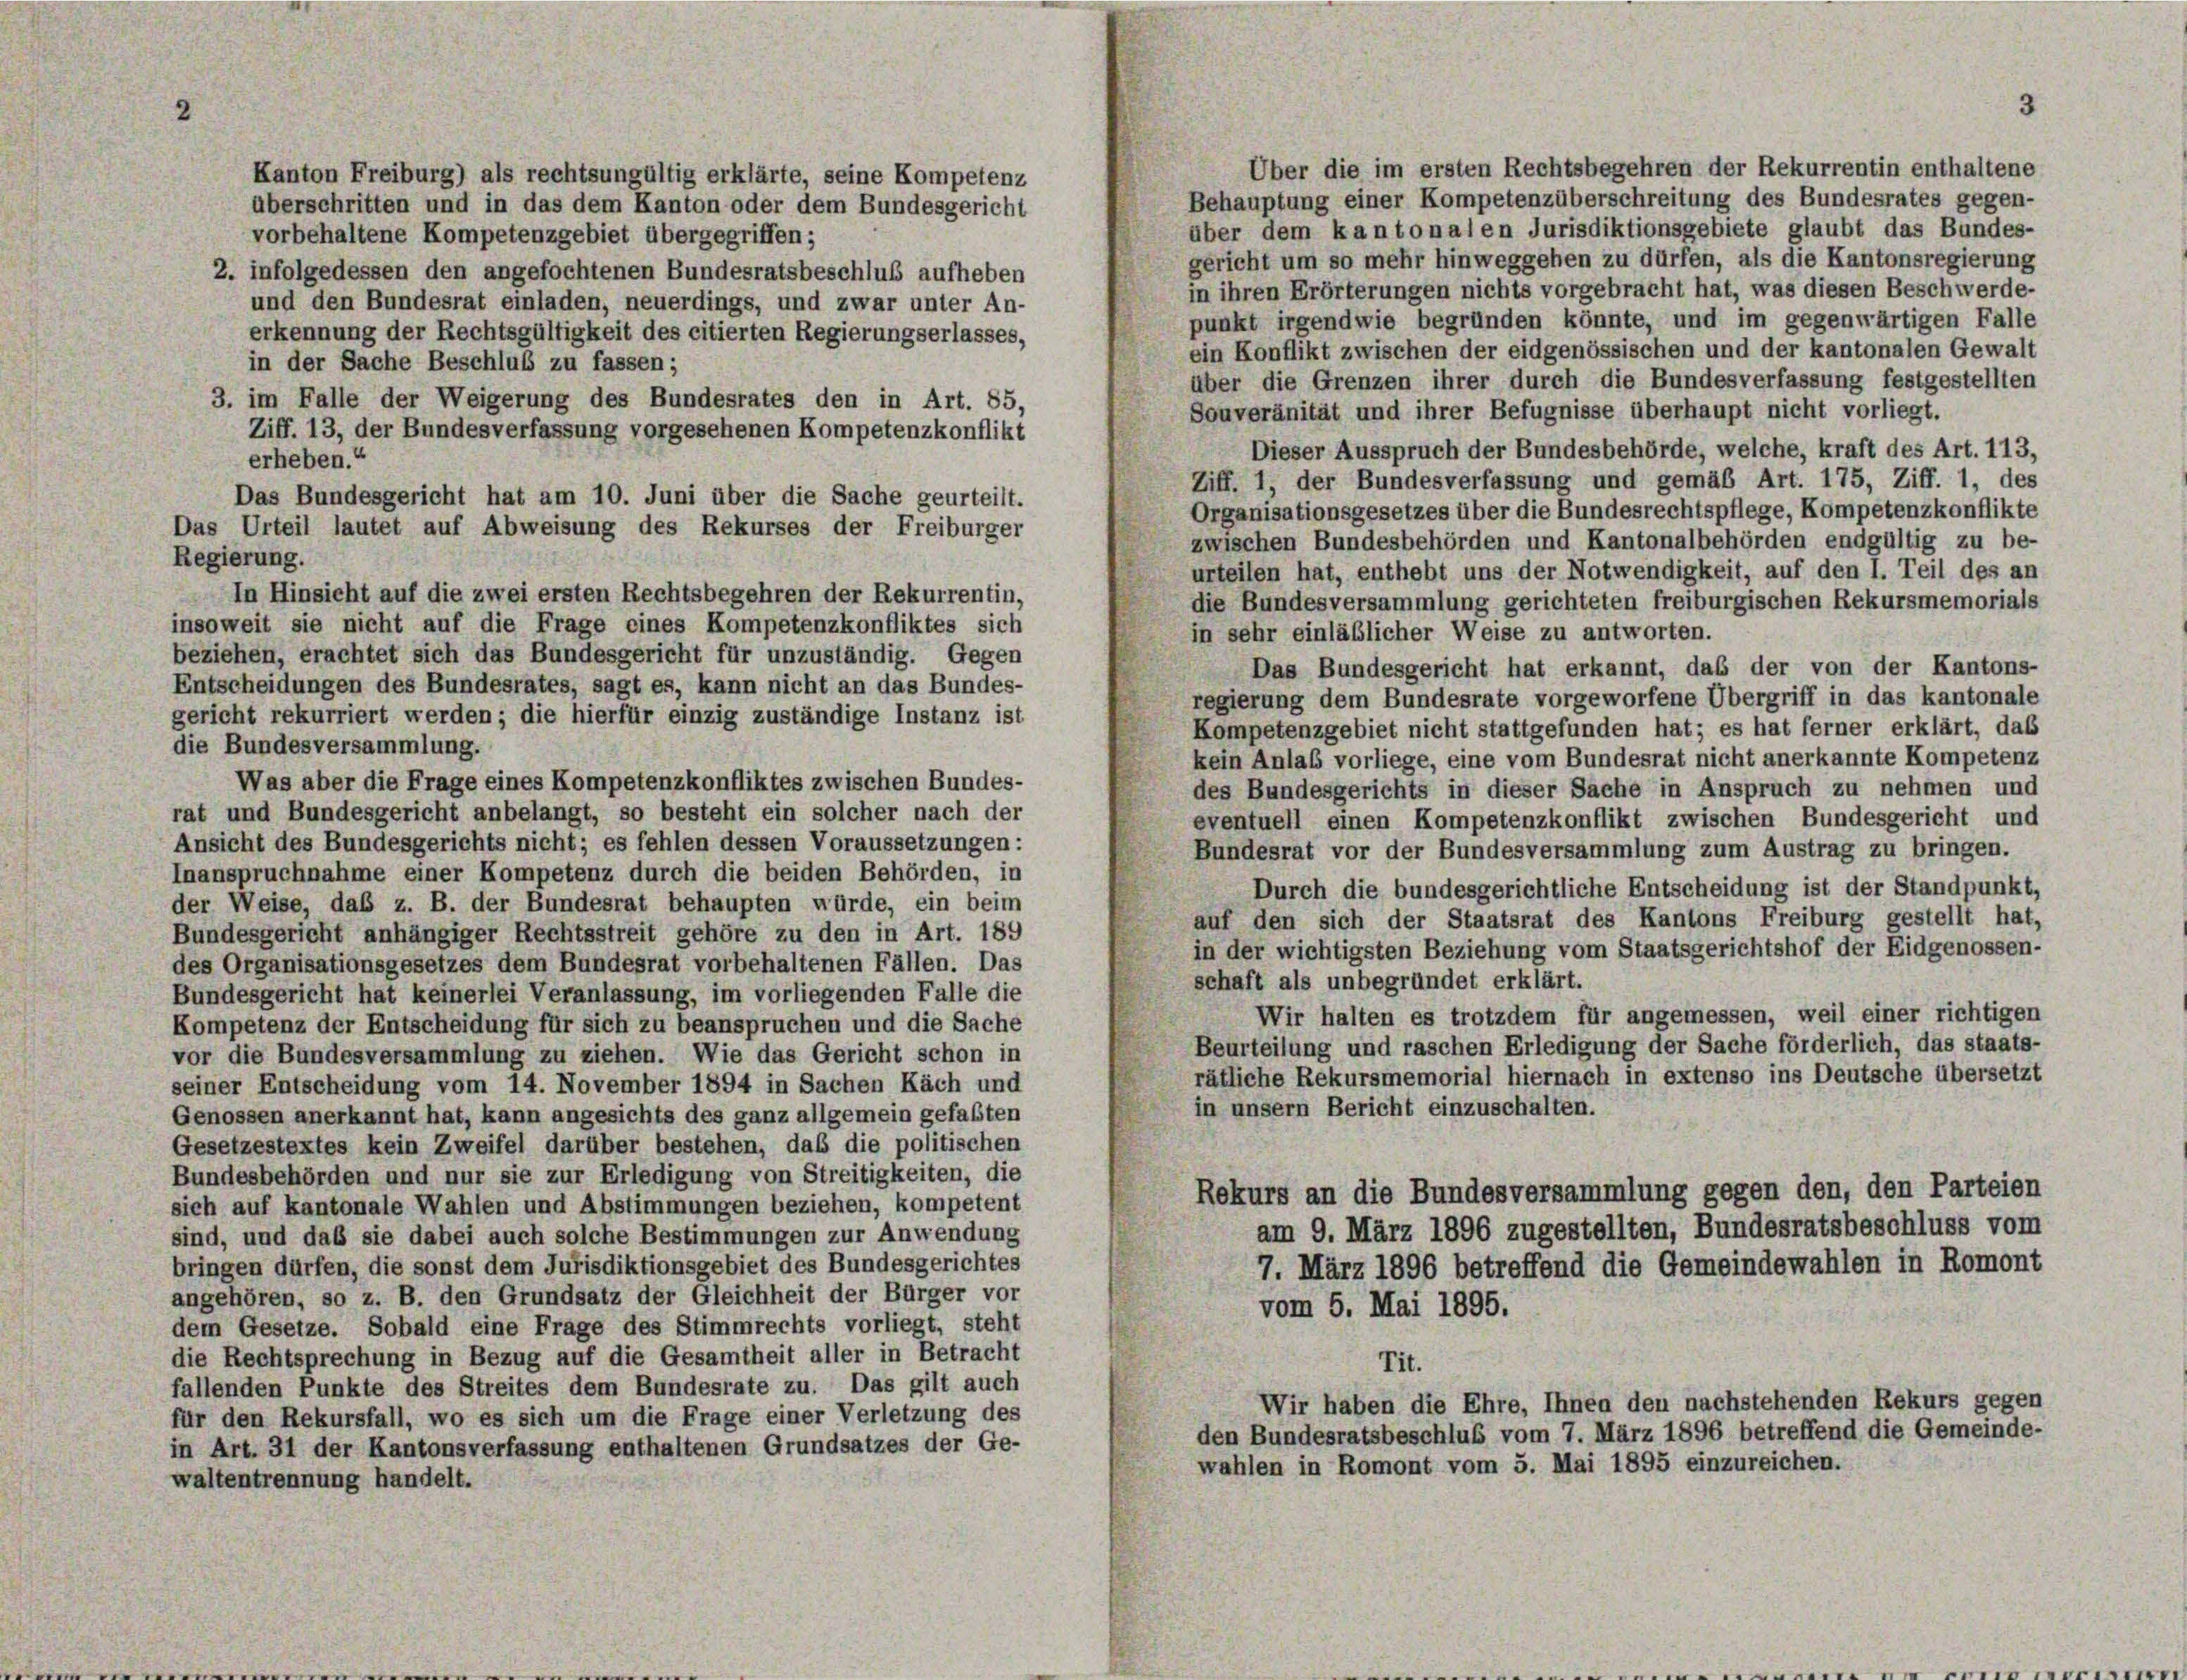
Über die im ersten Rechtsbegehren der Rekurrentin enthaltene
Kanton Freiburg) als rechtsungültig erklärte, seine Kompetenz
Behauptung einer Kompetenzüberschreitung des Bundesrates gegen-
überschritten und in das dem Kanton oder dem Bundesgericht
über dem kantonalen Jurisdiktionsgebiete glaubt das Bundes-
vorbehaltene Kompetenzgebiet übergegriffen;
gericht um so mehr hinweggehen zu dürfen, als die Kantonsregierung
2. infolgedessen den angefochtenen Bundesratsbeschluß aufheben
in ihren Erörterungen nichts vorgebracht hat, was diesen Beschwerde-
und den Bundesrat einladen, neuerdings, und zwar unter An-
punkt irgendwie begründen könnte, und im gegenwärtigen Falle
erkennung der Rechtsgültigkeit des citierten Regierungserlasses,
ein Konflikt zwischen der eidgenössischen und der kantonalen Gewalt
in der Sache Beschluß zu fassen;
über die Grenzen ihrer durch die Bundesverfassung festgestellten
3. im Falle der Weigerung des Bundesrates den in Art. 85,
Souveränität und ihrer Befugnisse überhaupt nicht vorliegt.
Ziff. 13, der Bundesverfassung vorgesehenen Kompetenzkonflikt
Dieser Ausspruch der Bundesbehörde, welche, kraft des Art. 113,
erheben.“
Ziff. 1, der Bundesverfassung und gemäß Art. 175, Ziff. 1, des
Das Bundesgericht hat am 10. Juni über die Sache geurteilt.
Organisationsgesetzes über die Bundesrechtspflege, Kompetenzkonflikte
Das Urteil lautet auf Abweisung des Rekurses der Freiburger
zwischen Bundesbehörden und Kantonalbehörden endgültig zu be-
Regierung.
urteilen hat, enthebt uns der Notwendigkeit, auf den I. Teil des an
In Hinsicht auf die zwei ersten Rechtsbegehren der Rekurrentin,
die Bundesversammlung gerichteten freiburgischen Rekursmemorials
insoweit sie nicht auf die Frage eines Kompetenzkonfliktes sich
in sehr einläßlicher Weise zu antworten.
beziehen, erachtet sich das Bundesgericht für unzuständig. Gegen
Das Bundesgericht hat erkannt, das der von der Kantons-
Entscheidungen des Bundesrates, sagt es, kann nicht an das Bundes-
regierung dem Bundesrate vorgeworfene Übergriff in das kantonale
gericht rekurriert werden; die hierfür einzig zuständige Instanz ist
Kompetenzgebiet nicht stattgefunden hat; es hat ferner erklärt, das
die Bundesversammlung.
kein Anlaß vorliege, eine vom Bundesrat nicht anerkannte Kompetenz
Was aber die Frage eines Kompetenzkonfliktes zwischen Bundes-
des Bundesgerichts in dieser Sache in Anspruch zu nehmen und
rat und Bundesgericht anbelangt, so besteht ein solcher nach der
eventuell einen Kompetenzkonflikt zwischen Bundesgericht und
Ansicht des Bundesgerichts nicht; es fehlen dessen Voraussetzungen:
Bundesrat vor der Bundesversammlung zum Austrag zu bringen.
Inanspruchnahme einer Kompetenz durch die beiden Behörden, in
Durch die bundesgerichtliche Entscheidung ist der Standpunkt,
der Weise, daß z. B. der Bundesrat behaupten würde, ein beim
auf den sich der Staatsrat des Kantons Freiburg gestellt hat,
Bundesgericht anhängiger Rechtsstreit gehöre zu den in Art. 189
in der wichtigsten Beziehung vom Staatsgerichtshof der Eidgenossen-
des Organisationsgesetzes dem Bundesrat vorbehaltenen Fällen. Das
schaft als unbegründet erklärt.
Bundesgericht hat keinerlei Veranlassung, im vorliegenden Falle die
Wir halten es trotzdem für angemessen, weil einer richtigen
Kompetenz der Entscheidung für sich zu beanspruchen und die Sache
Beurteilung und raschen Erledigung der Sache förderlich, das staats-
vor die Bundesversammlung zu ziehen. Wie das Gericht schon in
rätliche Rekursmemorial hiernach in extenso ins Deutsche übersetzt
seiner Entscheidung vom 14. November 1894 in Sachen Käch und
in unsern Bericht einzuschalten.
Genossen anerkannt hat, kann angesichts des ganz allgemein gefaßten
Gesetzestextes kein Zweifel darüber bestehen, daß die politischen
Bundesbehörden und nur sie zur Erledigung von Streitigkeiten, die
Rekurs an die Bundesversammlung gegen den, den Parteien
sich auf kantonale Wahlen und Abstimmungen beziehen, kompetent
am 9. März 1896 zugestellten, Bundesratsbeschluss vom
sind, und daß sie dabei auch solche Bestimmungen zur Anwendung
bringen dürfen, die sonst dem Jurisdiktionsgebiet des Bundesgerichtes
7. März 1896 betreffend die Gemeindewahlen in Romont
angehören, so z. B. den Grundsatz der Gleichheit der Bürger vor
vom 5. Mai 1895.
dem Gesetze. Sobald eine Frage des Stimmrechts vorliegt, steht
die Rechtsprechung in Bezug auf die Gesamtheit aller in Betracht
Tit.
fallenden Punkte des Streites dem Bundesrate zu. Das gilt auch
Wir haben die Ehre, Ihnen den nachstehenden Rekurs gegen
für den Rekursfall, wo es sich um die Frage einer Verletzung des
den Bundesratsbeschluß vom 7. März 1896 betreffend die Gemeinde-
in Art. 31 der Kantonsverfassung enthaltenen Grundsatzes der Ge-
wahlen in Romont vom 5. Mai 1895 einzureichen.
waltentrennung handelt.

3